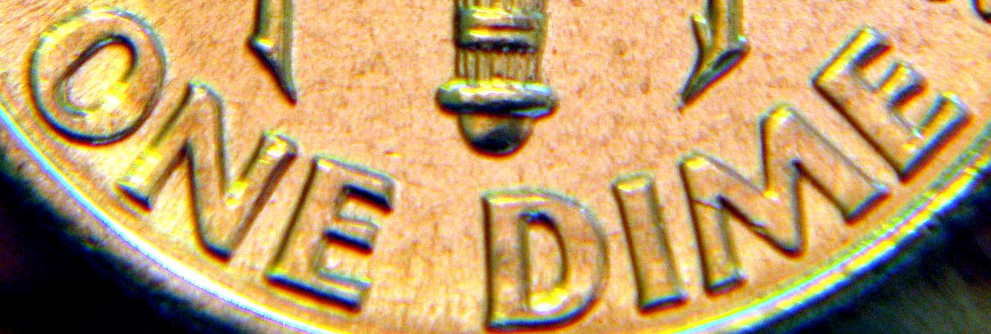
ONE DIME